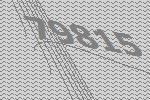
79815